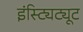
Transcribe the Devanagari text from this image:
इंस्ट्यिट्यूट